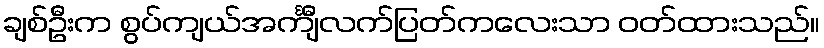
ချစ်ဦးက စွပ်ကျယ်အင်္ကျီလက်ပြတ်ကလေးသာ ဝတ်ထားသည်။